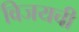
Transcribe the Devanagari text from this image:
विजयची